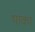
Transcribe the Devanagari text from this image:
थाका